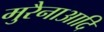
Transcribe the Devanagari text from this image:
मुरैनाआदि